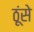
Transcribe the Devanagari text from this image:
ठूंसे